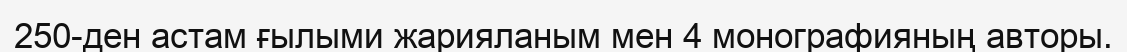
250-ден астам ғылыми жарияланым мен 4 монографияның авторы.